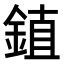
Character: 𫒦